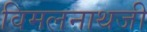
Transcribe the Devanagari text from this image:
विमलनाथजी